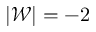
| \mathscr { W } | = - 2